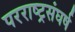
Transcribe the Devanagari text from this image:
परराष्ट्रसंघर्ष